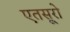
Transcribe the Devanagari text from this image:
एतसूरो